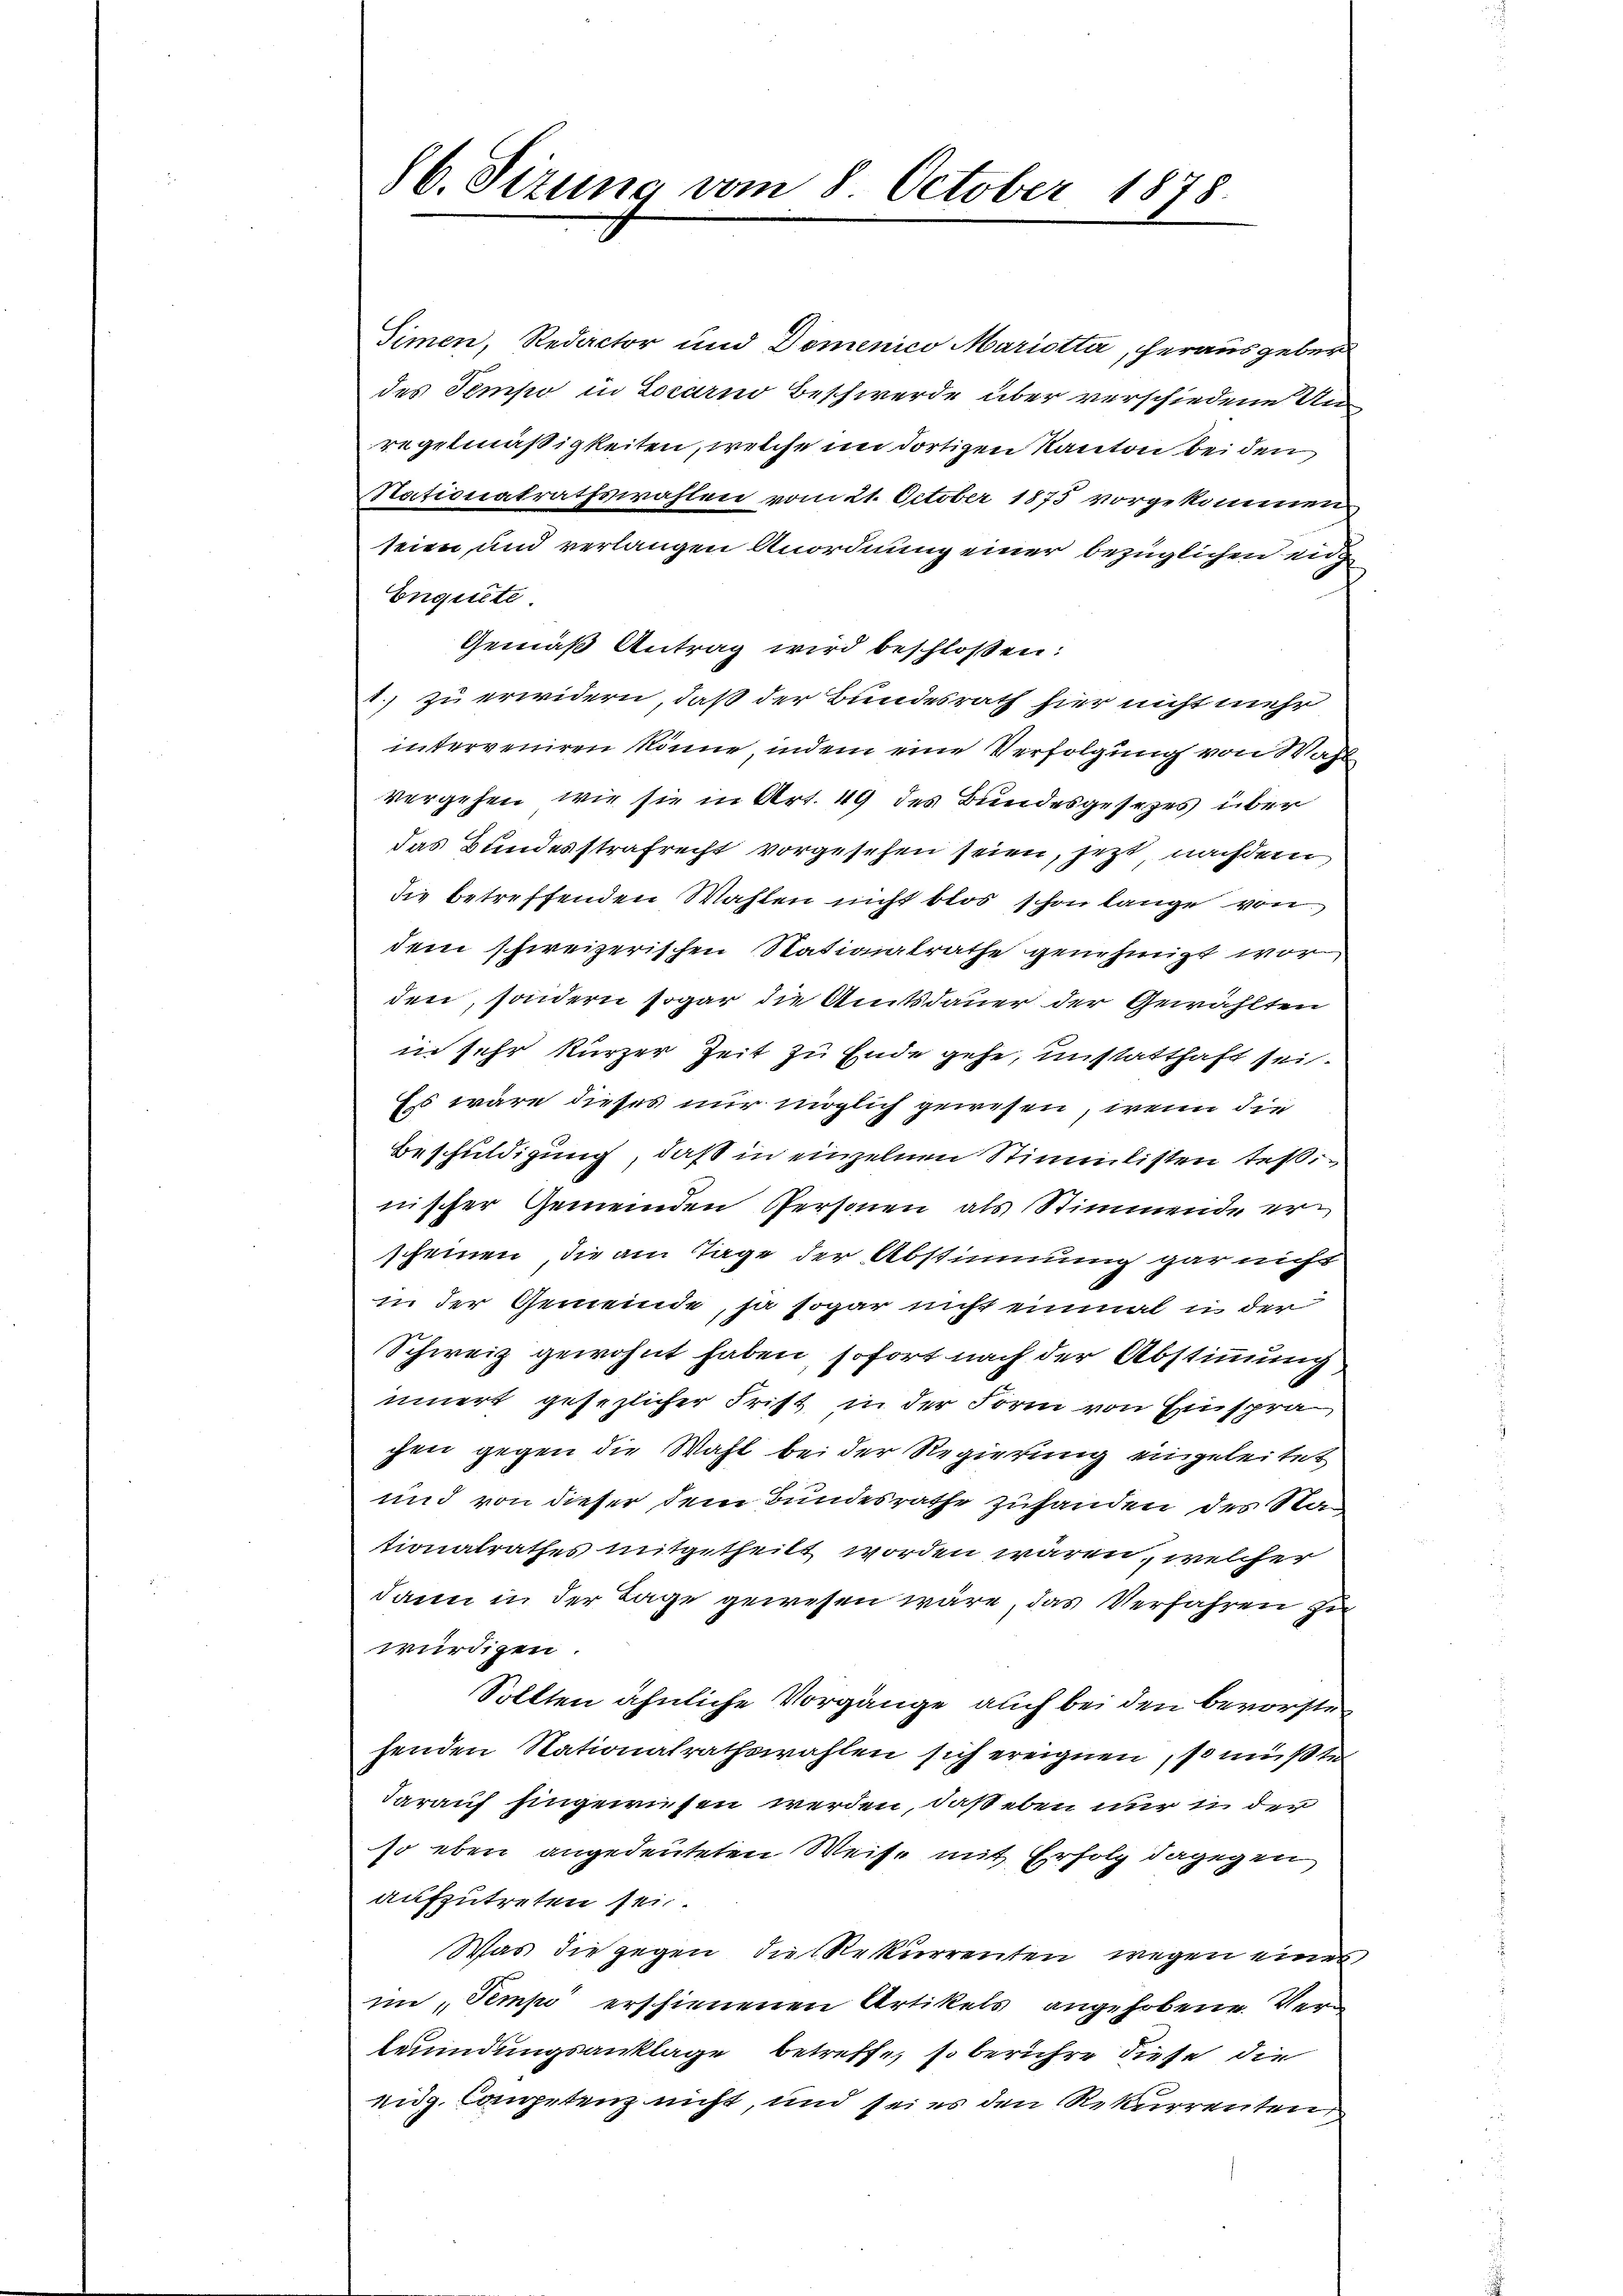
86. Situng vom 8. October 1878.

Simen, Redactor und Domenico Mariotta, herausgeber
des Tempo in Locarno Beschwerde über verschiedene Un
regelmäßigkeiten, welche im dortigen Kanton beiden
Nationalrathswahlen vom 21. October 1875 vorgekommen
seien und verlangen Anordnung einer bezüglichen eidg
Enguete.
Gemäß Antrag wird beschloßen:
1. zu erwidern, daß der Bundesrath hier nicht mehr
interveniren könne, indem eine Verfolgung von Wahlvergehen, wie sie in Art. 49 des Bundesgesezes über
das Bundesstrafrecht vorgesehen seien, jetzt, nachdem
die betreffenden Wahlen nicht blos schon lange von
dem schweizerischen Stationalrathe genehmigt worden, sondern sogar die Amtsdauer der Gewählten
in sehr kurzer Zeit zu Ende gehe, unstatthaft sei.
Es wäre dieses nur möglich gewesen, wenn die
Beschuldigung, daß in einzelnen Stimmlisten teßinischer Gemeinden Personen als Stimmende erscheinen, die am Tage der Abstimmung gar nicht
in der Gemeinde, ja sogar nicht einmal in der
Schweiz gewohnt haben, sofort nach der Abstimmung
innert gesezlicher Frist in der Form von Einspra
chen gegen die Wahl bei der Regierung eingeleitet
und von dieser dem Bundesrathe zufanden des Stationalrathes mitgetheilt worden wären, welcher
dann in der Lage gewesen wäre, das Verfahren zu
würdigen.
Sollten ähnliche Vorgänge auch bei den bevorstehenden Nationalrathswahlen sich ereignen, so müßte
darauf hingewiesen werden, daß eben nur in der
so eben angedeuteten Weise mit Erfolg dagegen
aufzutreten sei.
Was die gegen die Rekurrenten wegen eines
im, Tempo erschienenen Artikels angehobene Verleumdungsanklage betreffe, so berühre diese die
eidg. Competenz nicht, und sei es den Rekurrenten,